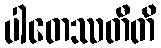
ပါတေဿတီတိ